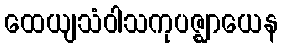
ထေယျသံဝါသကုပဇ္ဈာယေန